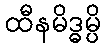
ထီနမိဒ္ဓမ္ပိ